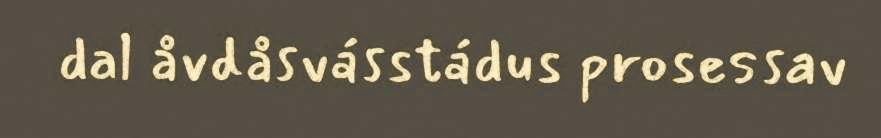
dal åvdåsvásstádus prosessav